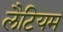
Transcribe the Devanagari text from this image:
लैटियम